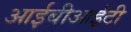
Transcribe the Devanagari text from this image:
आईबीआईटी